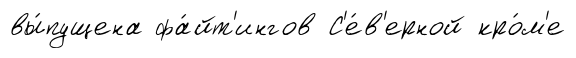
вы́пущена фа́йт'ингов С'е́в'ерной кро́м'е